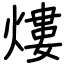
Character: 熡